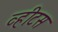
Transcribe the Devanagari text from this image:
व्हीटस